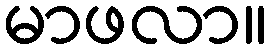
မာဖလာ။